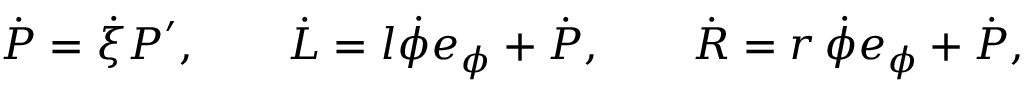
\dot { \boldsymbol { P } } = \dot { \xi } \boldsymbol { P } ^ { \prime } , \qquad \dot { \boldsymbol { L } } = l \dot { \phi } \boldsymbol { e } _ { \phi } + \dot { \boldsymbol { P } } , \qquad \dot { \boldsymbol { R } } = r \, \dot { \phi } \boldsymbol { e } _ { \phi } + \dot { \boldsymbol { P } } ,